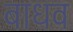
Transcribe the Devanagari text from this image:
बाधव